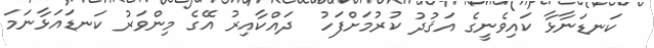
ކަނޑަނާޅާ ކައިވެނީގެ އަޤުދު ކުރުމަށްފަހު  ދައްކާއިރު އޭގެ މިންވަރު ކަނޑައަޅާނަމަ